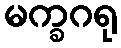
မက္ခဂရု